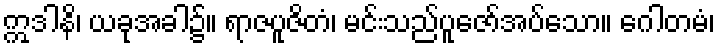
ဣဒါနိ၊ ယခုအခါ၌။ ရာဇပူဇိတံ၊ မင်းသည်ပူဇော်အပ်သော။ ဂေါတမံ၊